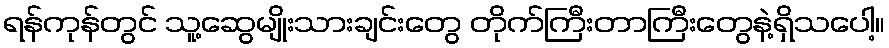
ရန်ကုန်တွင် သူ့ဆွေမျိုးသားချင်းတွေ တိုက်ကြီးတာကြီးတွေနဲ့ရှိသပေါ့။